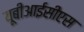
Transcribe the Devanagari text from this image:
यूबीआईसीएस